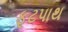
ફૂટપાથ